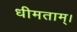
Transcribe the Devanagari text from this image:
धीमताम्।